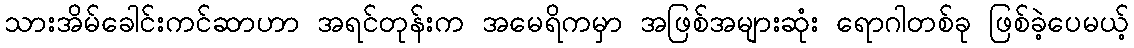
သားအိမ်ခေါင်းကင်ဆာဟာ အရင်တုန်းက အမေရိကမှာ အဖြစ်အများဆုံး ရောဂါတစ်ခု ဖြစ်ခဲ့ပေမယ့်